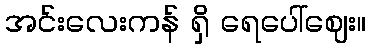
အင်းလေးကန် ရှိ ရေပေါ်ဈေး။